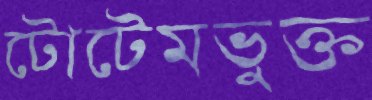
টোটেমভুক্ত